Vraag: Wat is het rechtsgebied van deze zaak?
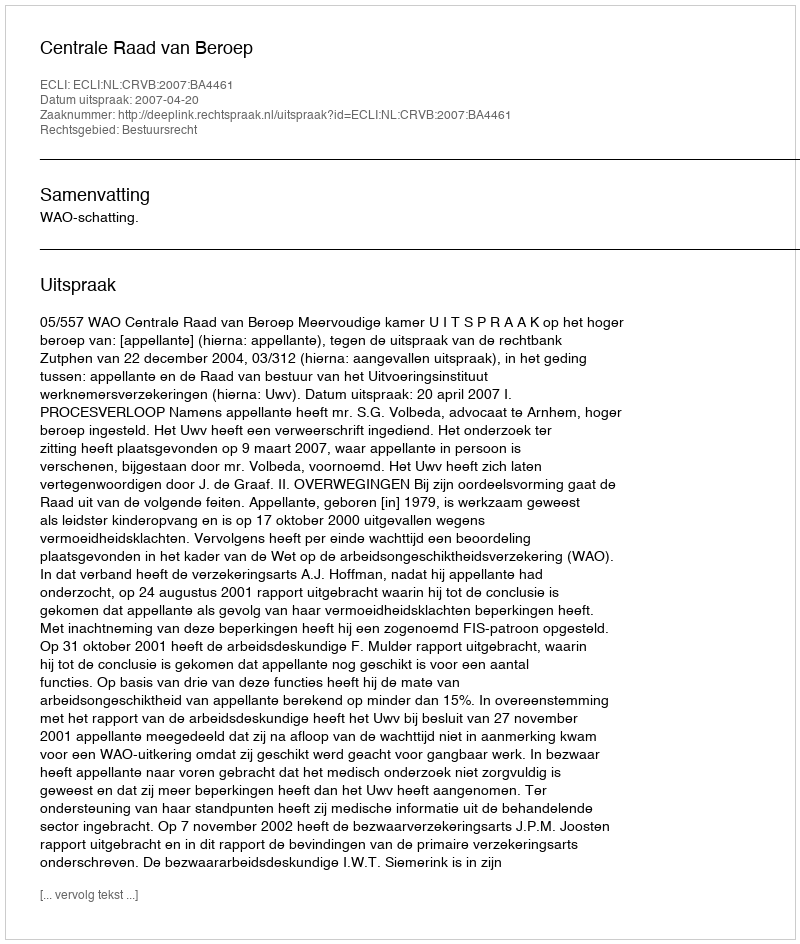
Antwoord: Bestuursrecht